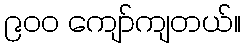
၉၀၀ ကျော်ကျတယ်။